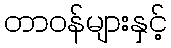
တာဝန်များနှင့်